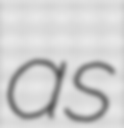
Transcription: as